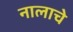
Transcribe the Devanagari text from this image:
नालाचे